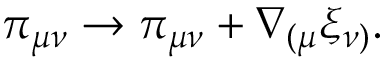
\pi _ { \mu \nu } \rightarrow \pi _ { \mu \nu } + \nabla _ { ( \mu } \xi _ { \nu ) } .